Problem: 3 × 3 = ?
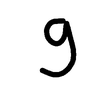
Handwritten answer: 9